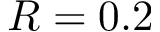
R = 0 . 2